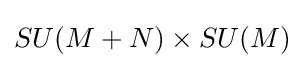
SU(M+N)\times SU(M)